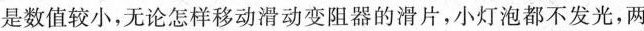
是数值较小，无论怎样移动滑动变阻器的滑片，小灯泡都不发光，两